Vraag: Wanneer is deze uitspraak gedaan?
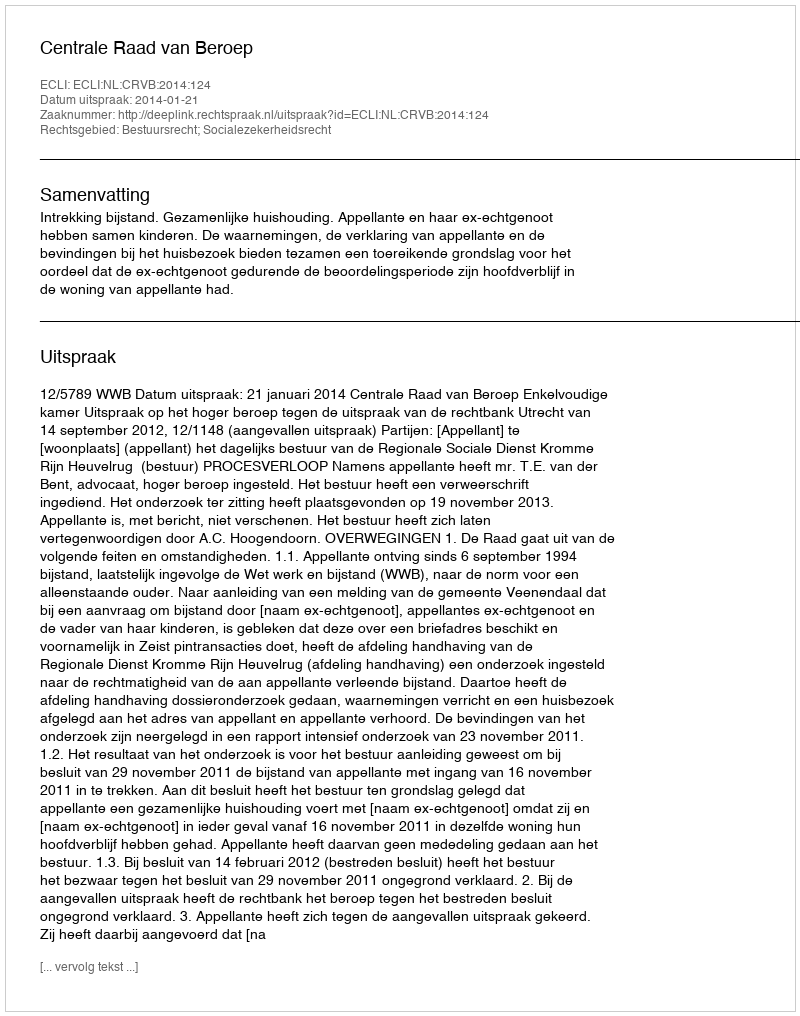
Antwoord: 2014-01-21